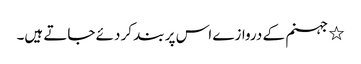
٭ جہنم کے دروازے اس پر بند کر دئے جاتے ہیں۔